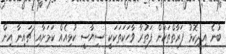
ބުނެ އިދިކޮޅު ފަރާތްތަކުން ފަތުރާ ވާހަކަތަކަކީ ސިޔާސީ ކުޅިއެއް ކަމަށާއި ޗައިނާ އިން